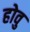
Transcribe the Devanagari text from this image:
होवु